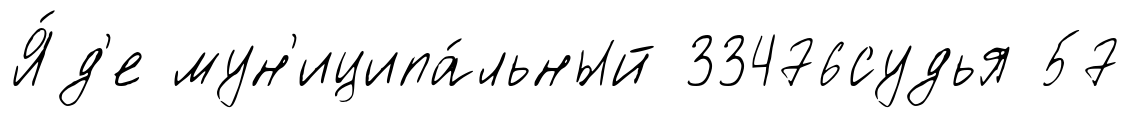
Я́д'е мун'иципа́льный 33476судья 57